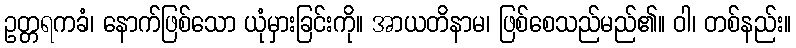
ဥတ္တရကခံ၊ နောက်ဖြစ်သော ယုံမှားခြင်းကို။ အာယတိနာမ၊ ဖြစ်စေသည်မည်၏။ ဝါ၊ တစ်နည်း။